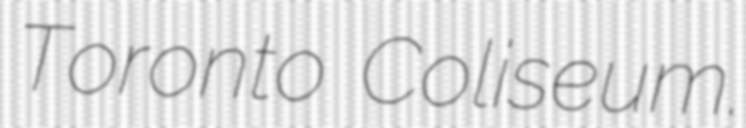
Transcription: Toronto Coliseum.